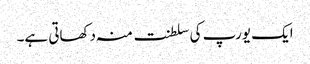
ایک یورپ کی سلطنت منہ دکھاتی ہے۔